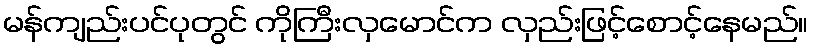
မန်ကျည်းပင်ပုတွင် ကိုကြီးလှမောင်က လှည်းဖြင့်စောင့်နေမည်။